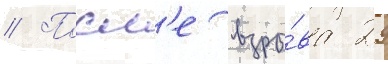
// Посл'е взры́ва 29